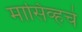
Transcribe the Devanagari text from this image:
मासिव्हचे